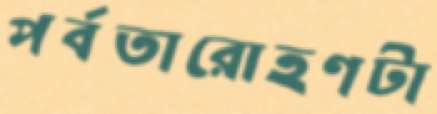
পর্বতারোহণটা